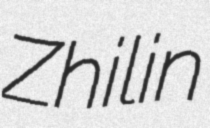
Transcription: Zhilin